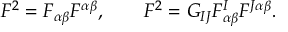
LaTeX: { \cal F } ^ { 2 } = { \cal F } _ { \alpha \beta } { \cal F } ^ { \alpha \beta } , \qquad F ^ { 2 } = G _ { I J } F _ { \alpha \beta } ^ { I } F ^ { J \alpha \beta } .